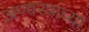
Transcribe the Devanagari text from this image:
अण्वस्त्रांच्या